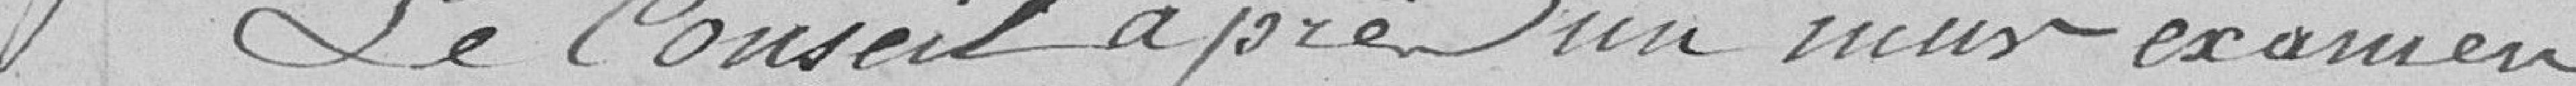
Le Conseil après un menu examen